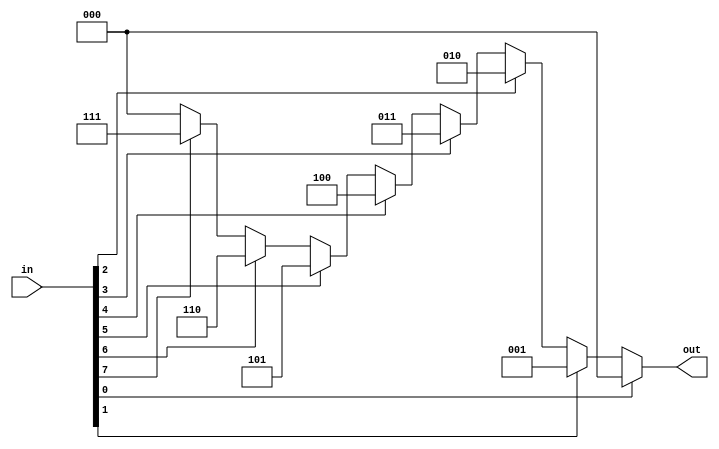
`timescale 1ns / 1ps
//////////////////////////////////////////////////////////////////////////////////
// Company: 
// 
// Design Name: 
// Module Name: enc
// Project Name: 
// Target Devices: 
// Tool Versions: 
// Description: priority encoder
// 
// Dependencies: 
// 
// Revision:
// Revision 0.01 - File Created
// Additional Comments:
// 
//////////////////////////////////////////////////////////////////////////////////

module enc #(parameter SIZE = 3)
  (
    input wire [2**SIZE-1:0] in,
    output reg [SIZE-1:0] out
  );
  integer i;
  always @* begin
    out = 0; // default value if 'in' is all 0's
    for (i=2**SIZE-1; i>=0; i=i-1)
        if (in[i]) out = i[SIZE-1:0];
  end
endmodule